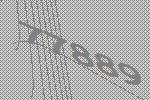
77889